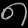
Digit: ၈